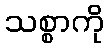
သစ္စာကို